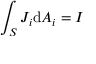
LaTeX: \int _ { S } J _ { i } \mathrm { d } A _ { i } = I \,